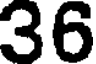
36